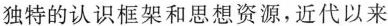
独特的认识框架和思想资源，近代以来